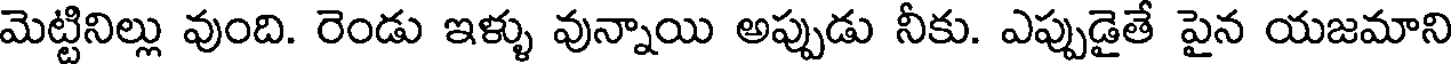
మెట్టినిల్లు వుంది. రెండు ఇళ్ళు వున్నాయి అప్పుడు నీకు. ఎప్పుడైతే పైన యజమాని